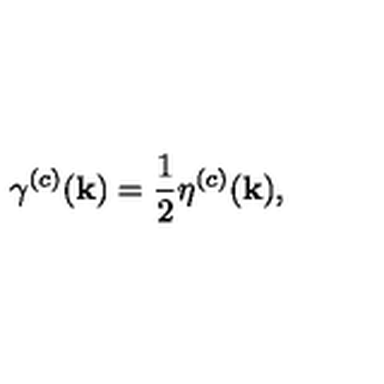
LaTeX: \gamma ^ { ( c ) } ( { \bf k } ) = \frac { 1 } { 2 } \eta ^ { ( c ) } ( { \bf k } ) ,